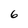
Character: 6